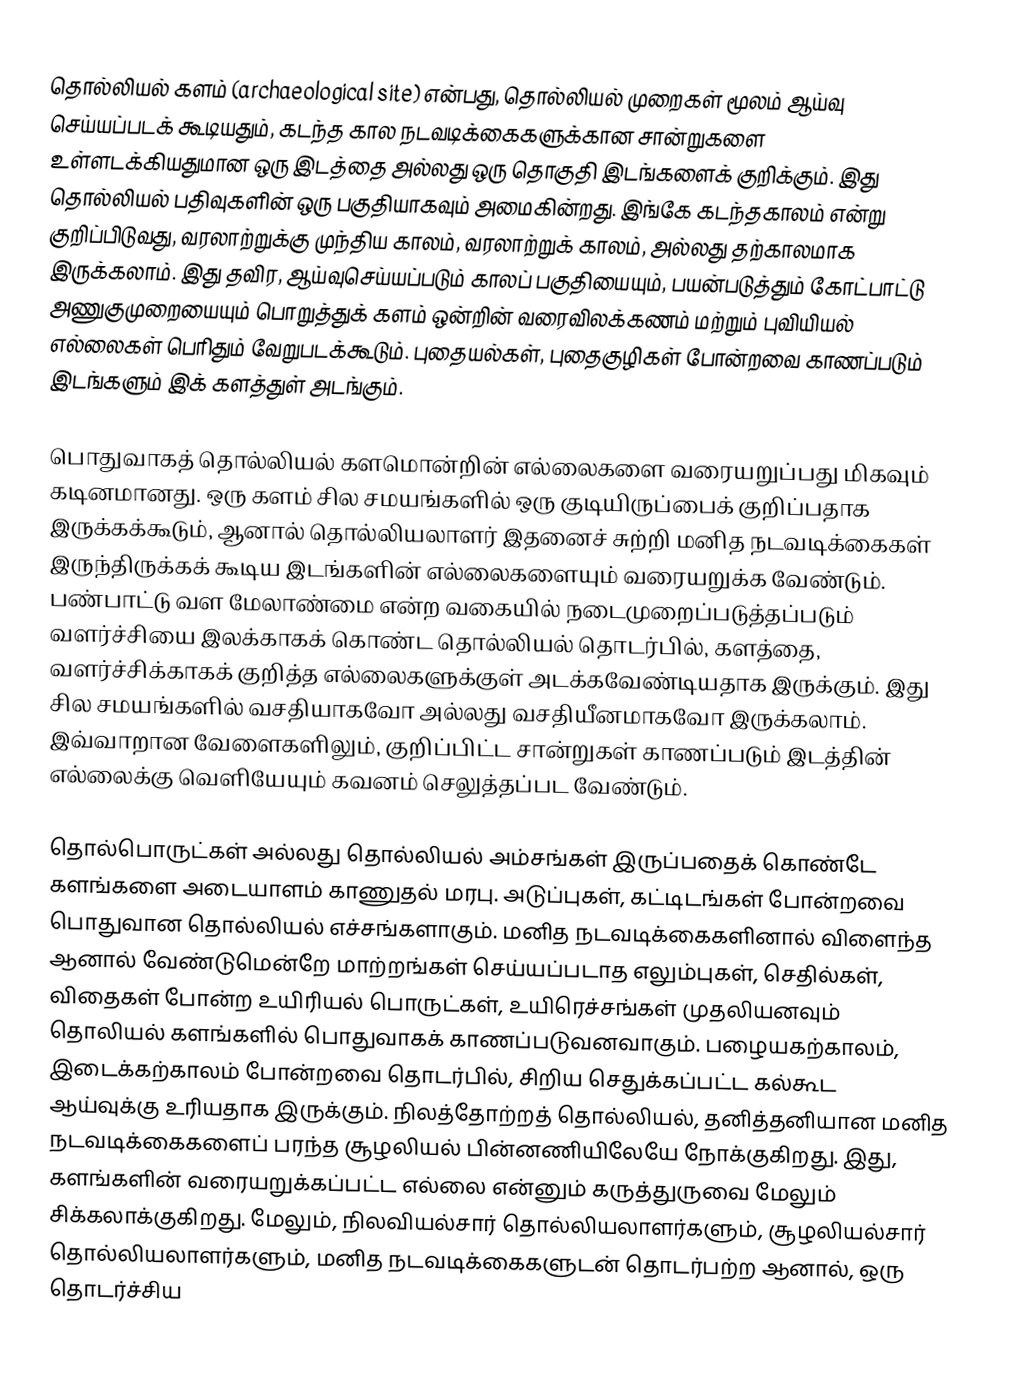
தொல்லியல் களம் (archaeological site) என்பது, தொல்லியல் முறைகள் மூலம் ஆய்வு செய்யப்படக் கூடியதும், கடந்த கால நடவடிக்கைகளுக்கான சான்றுகளை உள்ளடக்கியதுமான ஒரு இடத்தை அல்லது ஒரு தொகுதி இடங்களைக் குறிக்கும். இது தொல்லியல் பதிவுகளின் ஒரு பகுதியாகவும் அமைகின்றது. இங்கே கடந்தகாலம் என்று குறிப்பிடுவது, வரலாற்றுக்கு முந்திய காலம், வரலாற்றுக் காலம், அல்லது தற்காலமாக இருக்கலாம். இது தவிர, ஆய்வுசெய்யப்படும் காலப் பகுதியையும், பயன்படுத்தும் கோட்பாட்டு அணுகுமுறையையும் பொறுத்துக் களம் ஒன்றின் வரைவிலக்கணம் மற்றும் புவியியல் எல்லைகள் பெரிதும் வேறுபடக்கூடும். புதையல்கள், புதைகுழிகள் போன்றவை காணப்படும் இடங்களும் இக் களத்துள் அடங்கும்.

பொதுவாகத் தொல்லியல் களமொன்றின் எல்லைகளை வரையறுப்பது மிகவும் கடினமானது. ஒரு களம் சில சமயங்களில் ஒரு குடியிருப்பைக் குறிப்பதாக இருக்கக்கூடும், ஆனால் தொல்லியலாளர் இதனைச் சுற்றி மனித நடவடிக்கைகள் இருந்திருக்கக் கூடிய இடங்களின் எல்லைகளையும் வரையறுக்க வேண்டும். பண்பாட்டு வள மேலாண்மை என்ற வகையில் நடைமுறைப்படுத்தப்படும் வளர்ச்சியை இலக்காகக் கொண்ட தொல்லியல் தொடர்பில், களத்தை, வளர்ச்சிக்காகக் குறித்த எல்லைகளுக்குள் அடக்கவேண்டியதாக இருக்கும். இது சில சமயங்களில் வசதியாகவோ அல்லது வசதியீனமாகவோ இருக்கலாம். இவ்வாறான வேளைகளிலும், குறிப்பிட்ட சான்றுகள் காணப்படும் இடத்தின் எல்லைக்கு வெளியேயும் கவனம் செலுத்தப்பட வேண்டும்.

தொல்பொருட்கள் அல்லது தொல்லியல் அம்சங்கள் இருப்பதைக் கொண்டே களங்களை அடையாளம் காணுதல் மரபு. அடுப்புகள், கட்டிடங்கள் போன்றவை பொதுவான தொல்லியல் எச்சங்களாகும். மனித நடவடிக்கைகளினால் விளைந்த ஆனால் வேண்டுமென்றே மாற்றங்கள் செய்யப்படாத எலும்புகள், செதில்கள், விதைகள் போன்ற உயிரியல் பொருட்கள், உயிரெச்சங்கள் முதலியனவும் தொலியல் களங்களில் பொதுவாகக் காணப்படுவனவாகும். பழையகற்காலம், இடைக்கற்காலம் போன்றவை தொடர்பில், சிறிய செதுக்கப்பட்ட கல்கூட ஆய்வுக்கு உரியதாக இருக்கும். நிலத்தோற்றத் தொல்லியல், தனித்தனியான மனித நடவடிக்கைகளைப் பரந்த சூழலியல் பின்னணியிலேயே நோக்குகிறது. இது, களங்களின் வரையறுக்கப்பட்ட எல்லை என்னும் கருத்துருவை மேலும் சிக்கலாக்குகிறது. மேலும், நிலவியல்சார் தொல்லியலாளர்களும், சூழலியல்சார் தொல்லியலாளர்களும், மனித நடவடிக்கைகளுடன் தொடர்பற்ற ஆனால், ஒரு தொடர்ச்சிய